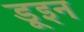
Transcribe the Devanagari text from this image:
डूइन